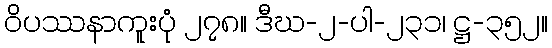
ဝိပဿနာကူးပုံ ၂၇၈။ ဒီဃ-၂-ပါ-၂၃၁၊ ဋ္ဌ-၃၅၂။